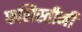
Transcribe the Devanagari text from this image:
फलिस्तीनी